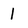
Character: 1